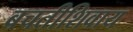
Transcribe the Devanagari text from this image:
बचतीशिवाय